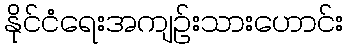
နိုင်ငံရေးအကျဉ်းသားဟောင်း